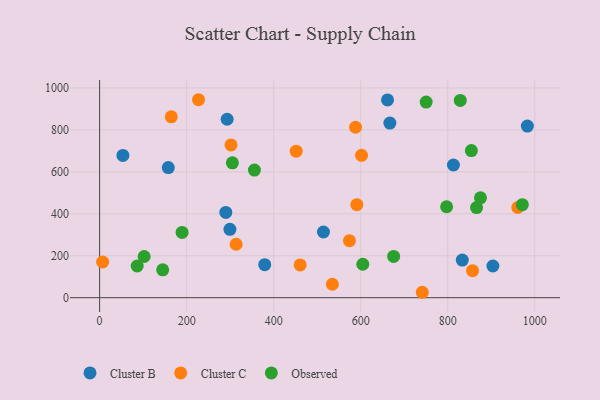
{"axis": {"x": "Speed", "y": "Demand"}, "legend": ["Cluster B", "Cluster C", "Observed"], "data": [{"x": "833.4", "y": 179.4, "type": "Cluster B"}, {"x": "53.5", "y": 678.3, "type": "Cluster B"}, {"x": "661.6", "y": 943.1, "type": "Cluster B"}, {"x": "293.1", "y": 851.1, "type": "Cluster B"}, {"x": "667.0", "y": 832.6, "type": "Cluster B"}, {"x": "813.1", "y": 632.7, "type": "Cluster B"}, {"x": "299.4", "y": 325.9, "type": "Cluster B"}, {"x": "514.4", "y": 313.3, "type": "Cluster B"}, {"x": "290.0", "y": 406.5, "type": "Cluster B"}, {"x": "983.0", "y": 818.5, "type": "Cluster B"}, {"x": "379.4", "y": 157.2, "type": "Cluster B"}, {"x": "157.8", "y": 620.6, "type": "Cluster B"}, {"x": "903.8", "y": 151.1, "type": "Cluster B"}, {"x": "301.9", "y": 728.4, "type": "Cluster C"}, {"x": "227.3", "y": 944.1, "type": "Cluster C"}, {"x": "534.8", "y": 64.0, "type": "Cluster C"}, {"x": "6.9", "y": 170.3, "type": "Cluster C"}, {"x": "451.8", "y": 698.8, "type": "Cluster C"}, {"x": "601.9", "y": 678.8, "type": "Cluster C"}, {"x": "460.8", "y": 156.0, "type": "Cluster C"}, {"x": "313.7", "y": 254.8, "type": "Cluster C"}, {"x": "574.1", "y": 272.1, "type": "Cluster C"}, {"x": "857.0", "y": 128.8, "type": "Cluster C"}, {"x": "960.9", "y": 430.2, "type": "Cluster C"}, {"x": "164.7", "y": 862.6, "type": "Cluster C"}, {"x": "588.1", "y": 812.8, "type": "Cluster C"}, {"x": "591.1", "y": 443.4, "type": "Cluster C"}, {"x": "741.5", "y": 25.8, "type": "Cluster C"}, {"x": "854.3", "y": 701.6, "type": "Observed"}, {"x": "797.4", "y": 433.7, "type": "Observed"}, {"x": "145.0", "y": 132.9, "type": "Observed"}, {"x": "86.3", "y": 151.1, "type": "Observed"}, {"x": "875.2", "y": 476.2, "type": "Observed"}, {"x": "355.7", "y": 608.4, "type": "Observed"}, {"x": "675.7", "y": 196.6, "type": "Observed"}, {"x": "189.5", "y": 311.3, "type": "Observed"}, {"x": "102.3", "y": 196.3, "type": "Observed"}, {"x": "866.2", "y": 429.8, "type": "Observed"}, {"x": "604.8", "y": 159.4, "type": "Observed"}, {"x": "828.8", "y": 940.7, "type": "Observed"}, {"x": "305.1", "y": 643.1, "type": "Observed"}, {"x": "750.4", "y": 933.0, "type": "Observed"}, {"x": "971.4", "y": 443.8, "type": "Observed"}]}